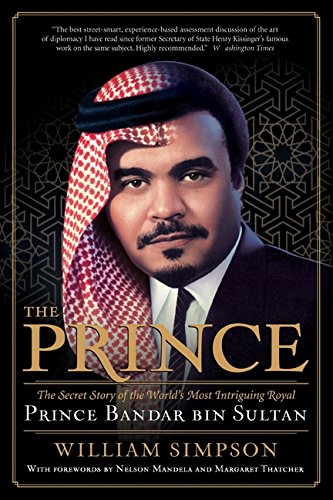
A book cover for The Prince: The Secret Story of the World's Most Intriguing Royal, Prince Bandar bin Sultan; William Simpson; History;